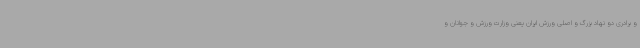
و برادری دو نهاد بزرگ و اصلی ورزش ایران یعنی وزارت ورزش و جوانان و